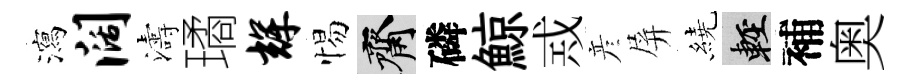
瀉阔濤璚辉惕齋磷鯨𢦶彦屏繞輕補奥